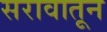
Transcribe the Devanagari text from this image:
सरावातून